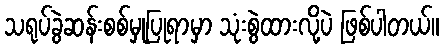
သရုပ်ခွဲဆန်းစစ်မှုပြုရာမှာ သုံးစွဲထားလို့ပဲ ဖြစ်ပါတယ်။